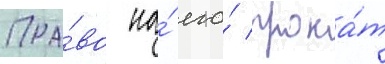
Пра́во на́ его́ прока́т